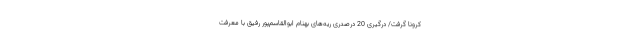
کرونا گرفت/ درگیری 20 درصدری ریه‌های بهنام ابوالقاسم‌پور رفیق با معرفت